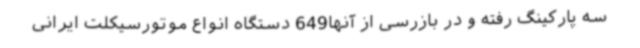
سه پارکینگ رفته و در بازرسی از آنها649 دستگاه انواع موتورسیکلت ایرانی